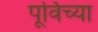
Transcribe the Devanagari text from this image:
पूर्विच्या